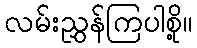
လမ်းညွှန်ကြပါစို့။